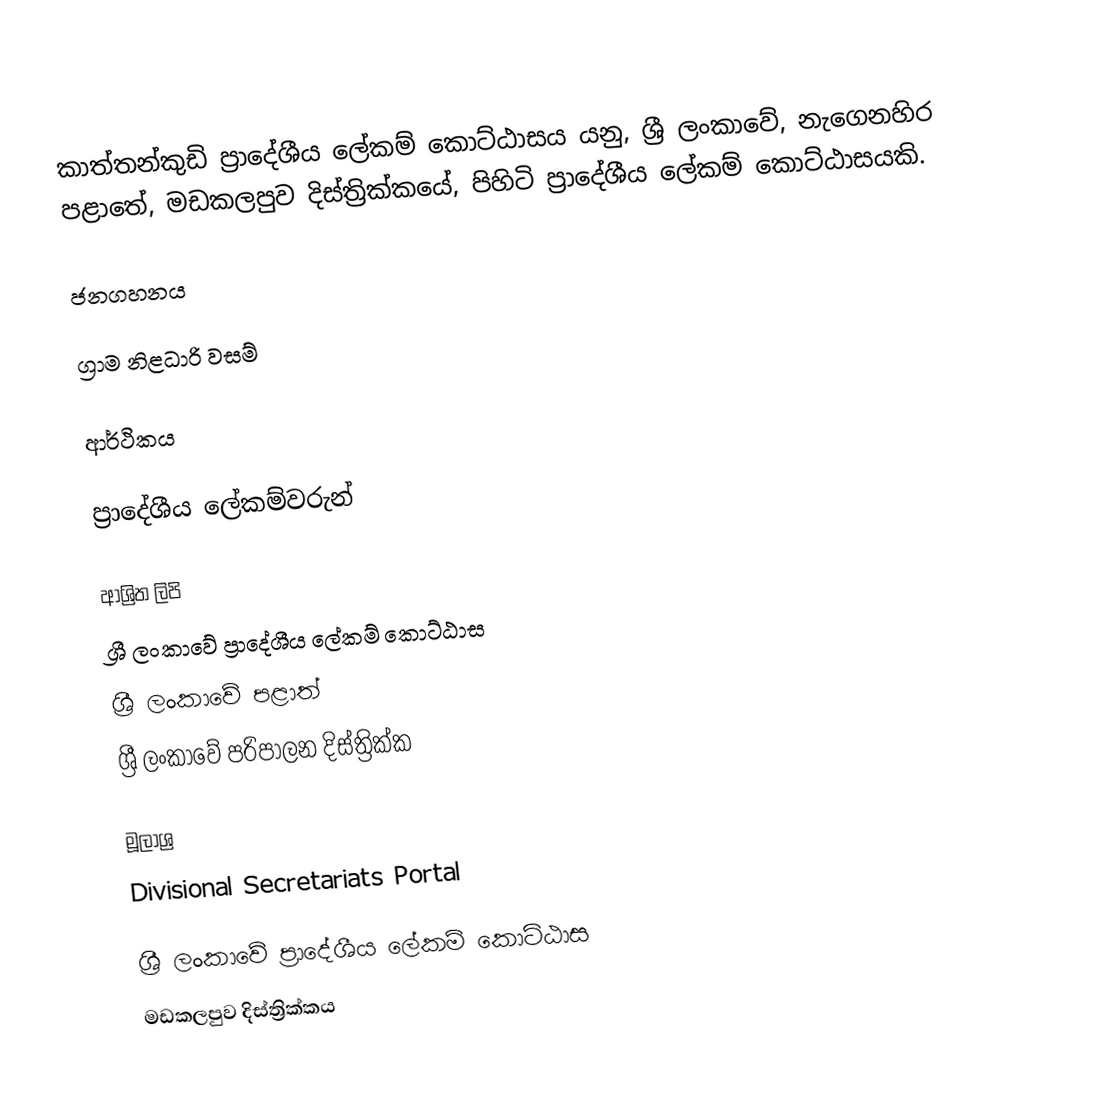
කාත්තන්කුඩි ප්‍රාදේශීය ලේකම් කොට්ඨාසය යනු,  ශ්‍රී ලංකාවේ, නැගෙනහිර පළාතේ,   මඩකලපුව දිස්ත්‍රික්කයේ, පිහිටි ප්‍රාදේශීය ලේකම් කොට්ඨාසයකි.

ජනගහනය

ග්‍රාම නිළධාරි වසම්

ආර්ථිකය

ප්‍රාදේශීය ලේකම්වරුන්

ආශ්‍රිත ලිපි
ශ්‍රී ලංකාවේ ප්‍රාදේශීය ලේකම් කොට්ඨාස
ශ්‍රී ලංකාවේ පළාත්
ශ්‍රී ලංකාවේ පරිපාලන දිස්ත්‍රික්ක

මූලාශ්‍ර
 Divisional Secretariats Portal

ශ්‍රී ලංකාවේ ප්‍රාදේශීය ලේකම් කොට්ඨාස
මඩකලපුව දිස්ත්‍රික්කය